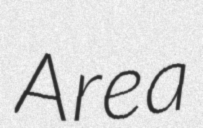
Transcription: Area